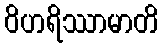
ဝိဟရိဿာမာတိ